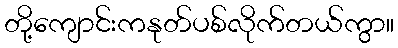
တို့ကျောင်းကနုတ်ပစ်လိုက်တယ်ကွာ။